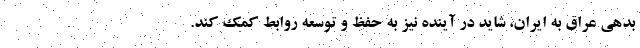
بدهی عراق به ایران، شاید در آینده نیز به حفظ و توسعه روابط کمک کند.